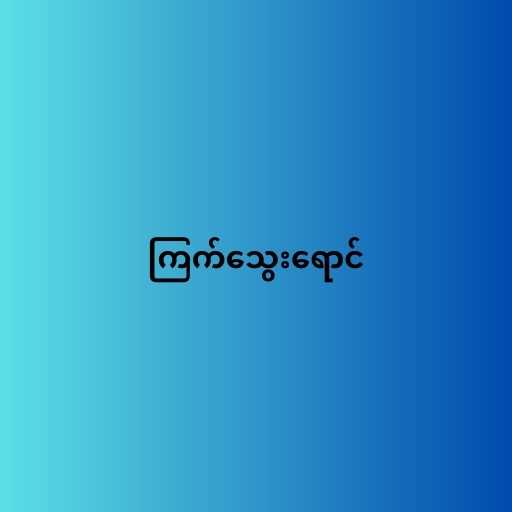
ကြက်သွေးရောင်